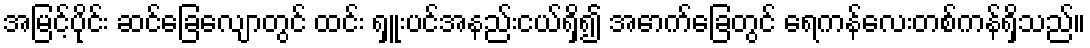
အမြင့်ပိုင်း ဆင်ခြေလျောတွင် ထင်း ရှူးပင်အနည်းငယ်ရှိ၍ အောက်ခြေတွင် ရေကန်လေးတစ်ကန်ရှိသည်။